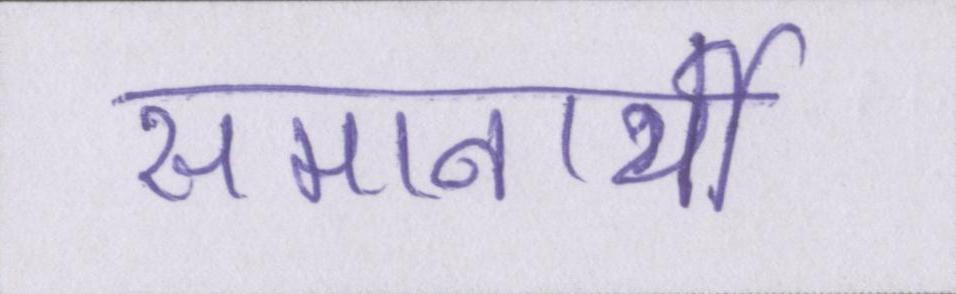
समानार्थी